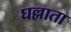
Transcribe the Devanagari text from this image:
घल्लाता